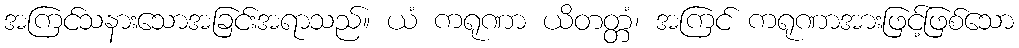
အကြင်သနားသောအခြင်းအရာသည်။ ယံ ကရုဏာ ယိတတ္တံ၊ အကြင် ကရုဏာအားဖြင့်ဖြစ်သော